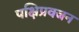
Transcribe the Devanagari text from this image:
पक्षिप्रवजन